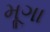
મૂગા